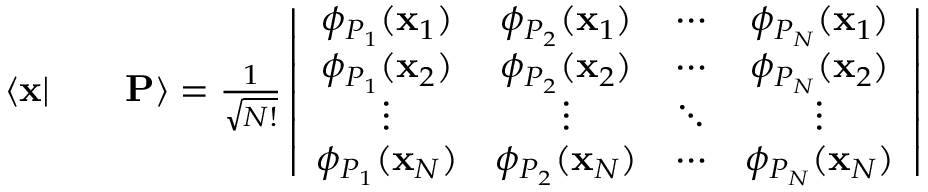
\begin{array} { r l r } { \langle \mathbf { x } | } & { { } } & { \mathbf { P } \rangle = \frac { 1 } { \sqrt { N ! } } \left| \begin{array} { c c c c } { \phi _ { P _ { 1 } } ( \mathbf { x } _ { 1 } ) } & { \phi _ { P _ { 2 } } ( \mathbf { x } _ { 1 } ) } & { \cdots } & { \phi _ { P _ { N } } ( \mathbf { x } _ { 1 } ) } \\ { \phi _ { P _ { 1 } } ( \mathbf { x } _ { 2 } ) } & { \phi _ { P _ { 2 } } ( \mathbf { x } _ { 2 } ) } & { \cdots } & { \phi _ { P _ { N } } ( \mathbf { x } _ { 2 } ) } \\ { \vdots } & { \vdots } & { \ddots } & { \vdots } \\ { \phi _ { P _ { 1 } } ( \mathbf { x } _ { N } ) } & { \phi _ { P _ { 2 } } ( \mathbf { x } _ { N } ) } & { \cdots } & { \phi _ { P _ { N } } ( \mathbf { x } _ { N } ) } \end{array} \right| } \end{array}